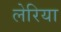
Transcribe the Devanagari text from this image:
लेरिया